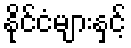
နိုင်ငံများနှင့်